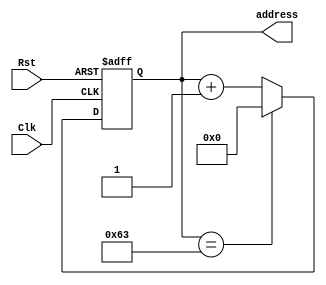
/*Module used to address the memory block*/
module Counter #(
	//----------------------------------------Parameters--------------------------------------------------//
	parameter count_width = 7,
	parameter max_value = 100)(
	//------------------------------------------Inputs----------------------------------------------------//
	input Clk,
	input Rst,
	//-----------------------------------------Outputs----------------------------------------------------//
	output reg[(count_width-1):0] address);
	
	//-----------------------------------------Counter----------------------------------------------------//
	always @(posedge Clk or negedge Rst)begin//Assynchronous Reset on negative border
		if(~Rst)begin
			address <= 7'b0;
		end
		else begin
			if(address==(max_value-1))begin//Restart condition = SamplingFrequency-1
				address <= 7'b0;
			end
			else begin
				address <= address + 7'b1;
			end
		end 
	end
	
endmodule